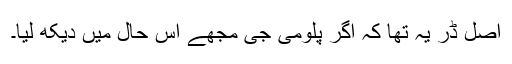
اصل ڈر یہ تھا کہ اگر پلومی جی مجھے اس حال میں دیکھ لیا۔